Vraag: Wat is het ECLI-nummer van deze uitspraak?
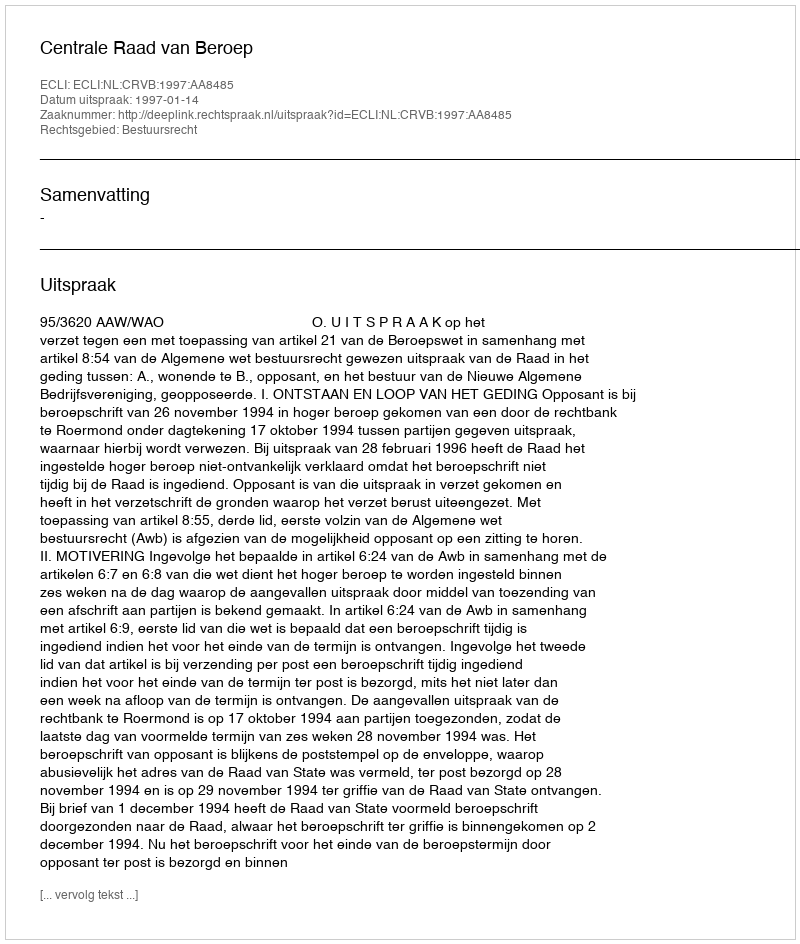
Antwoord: ECLI:NL:CRVB:1997:AA8485